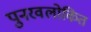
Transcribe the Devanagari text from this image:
पुनरवलोकित